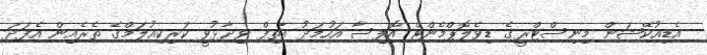
އެޑިއުކޭޝަން މިނިސްޓްރީގެ ޑިވެލޮޕްމެންޓް އޮފިސާ އަހުމަދު އާތިފް ވިދާޅުވީ ކަރިކިއުލަމްގެ ތެރެއިން އެފަދަ